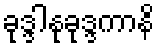
ခုဒ္ဒါနုခုဒ္ဒကာနိ